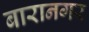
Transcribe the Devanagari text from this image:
बारानगर